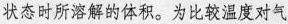
状态时所溶解的体积。为比较温度对气